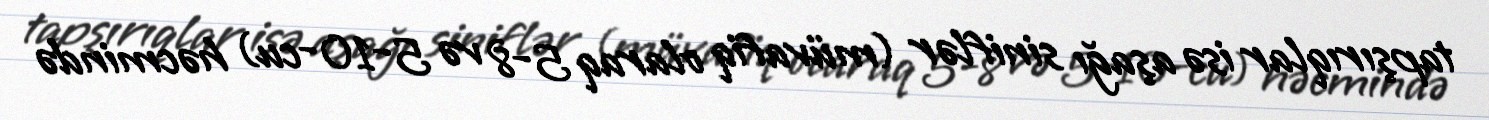
tapşırıqlar isə aşağı siniflər (müvafiq olaraq 5-8 və 5-10-cu) həcmində